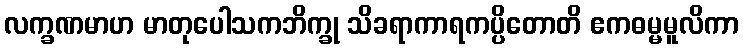
လက္ခဏမာဟ မာတုပေါသကဘိက္ခု သိခရာကာရကပ္ပိတောတိ ဧကဓမ္မမူလိကာ